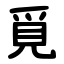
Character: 覓